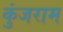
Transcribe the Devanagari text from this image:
कुंजराम